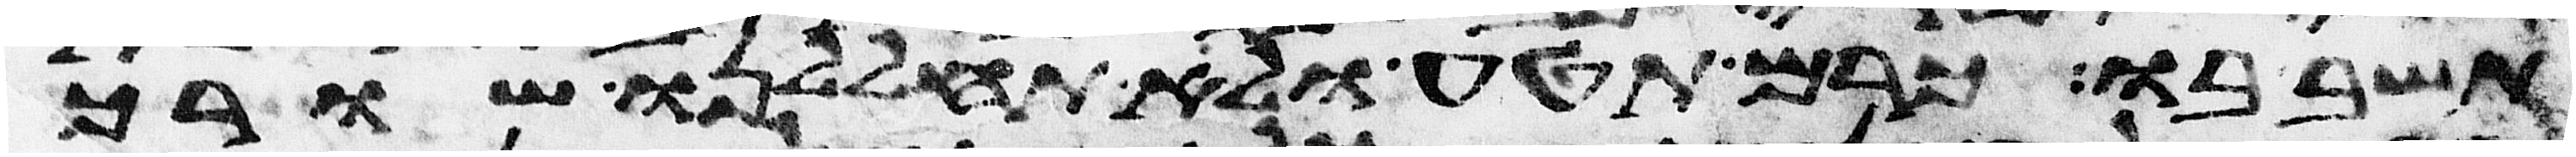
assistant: תשב בו כרם תטע ולא תחללנו שורך